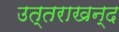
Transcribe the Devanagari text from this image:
उत्तराखन्द